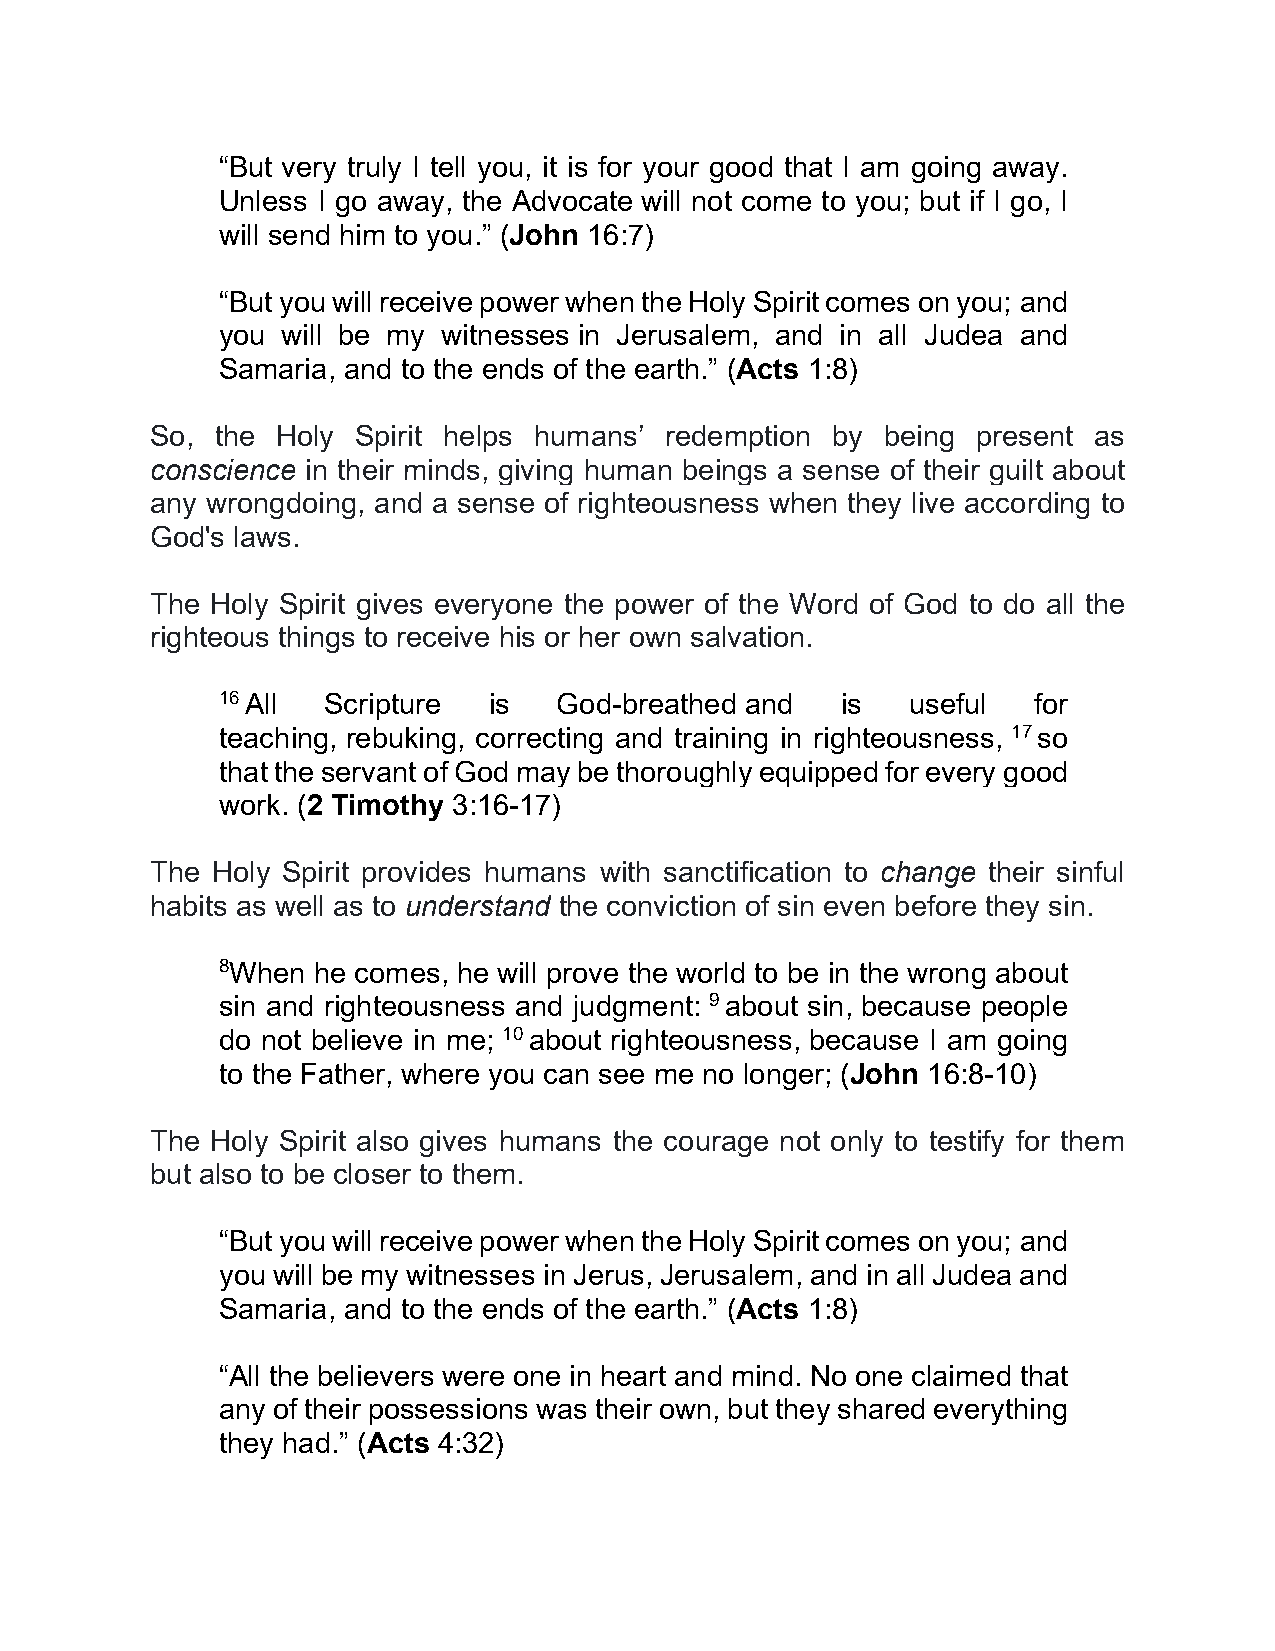
“But very truly I tell you, it is for your good that I am going away.
 Unless I go away, the Advocate will not come to you; but if I go, I
 will send him to you.” (John 16:7)
 “But you will receive power when the Holy Spirit comes on you; and
 you  will be my witnesses in Jerusalem, and in all Judea and
 Samaria, and to the ends of the earth.” (Acts 1:8)
 So, the Holy  Spirit helps humans’ redemption by being present as
 conscience in their minds, giving human beings a sense of their guilt about
 any wrongdoing, and a sense of righteousness when they live according to
 God's laws.
 The Holy Spirit gives everyone the power of the Word of God to do all the
 righteous things to receive his or her own salvation.
 16 All Scripture  is   God-breathed and   is  useful  for
 teaching, rebuking, correcting and training in righteousness, 17 so
 that the servant of God may be thoroughly equipped for every good
 work. (2 Timothy 3:16-17)
 The Holy Spirit provides humans with sanctification to change their sinful
 habits as well as to understand the conviction of sin even before they sin.
 8When  he comes, he will prove the world to be in the wrong about
 sin and righteousness and judgment: 9 about sin, because people
 do not believe in me; 10 about righteousness, because I am going
 to the Father, where you can see me no longer; (John 16:8-10)
 The Holy Spirit also gives humans the courage not only to testify for them
 but also to be closer to them.
 “But you will receive power when the Holy Spirit comes on you; and
 you will be my witnesses in Jerus, Jerusalem, and in all Judea and
 Samaria, and to the ends of the earth.” (Acts 1:8)
 “All the believers were one in heart and mind. No one claimed that
 any of their possessions was their own, but they shared everything
 they had.” (Acts 4:32)